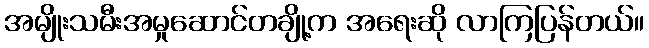
အမျိုးသမီးအမှုဆောင်တချို့က အရေးဆို လာကြပြန်တယ်။